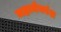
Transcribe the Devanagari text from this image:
महामेघवंश